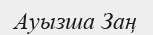
Ауызша Заң